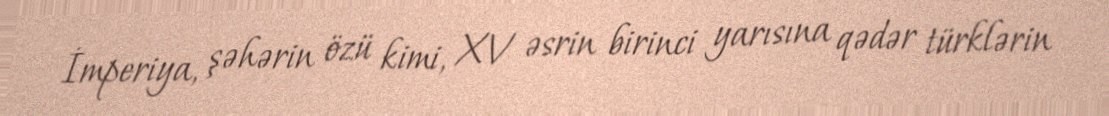
İmperiya, şəhərin özü kimi, XV əsrin birinci yarısına qədər türklərin